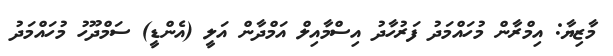
މާޒިޔާ: އިމްރާން މުހައްމަދު ފަރުހާދު އިސްމާއިލް އަމްދާން އަލީ (އެންޑީ) ސަމްދޫހު މުހައްމަދު